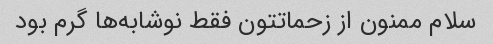
سلام ممنون از زحماتتون فقط نوشابه‌ها گرم بود